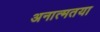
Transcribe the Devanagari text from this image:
अनात्मतया